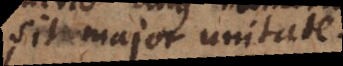
sit major unitate.